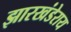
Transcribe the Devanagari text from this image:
झारखंडेराय